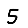
Digit: 5